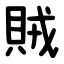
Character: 賊